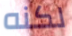
لكنه